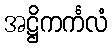
အဋ္ဌိကင်္ကလံ